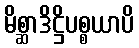
မိစ္ဆာဒိဋ္ဌိပစ္စယာပိ